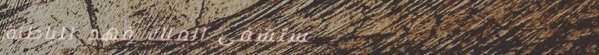
مستشفى الملك فهد للباطنة: